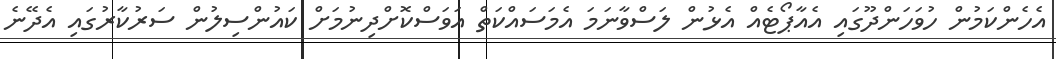
އެހެންކަމުން ހުވަހަންދޫގައި އެއާޕޯޓެއް އެޅުން ލަސްވާނަމަ އެމަސައްކަތް އަވަސްކޮށްދިނުމަށް ކައުންސިލުން ސަރުކާރުގައި އެދޭނެ